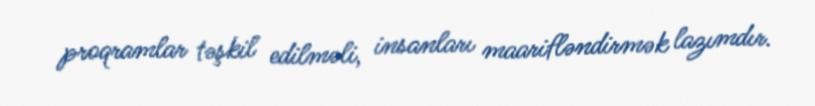
proqramlar təşkil edilməli, insanları maarifləndirmək lazımdır.